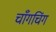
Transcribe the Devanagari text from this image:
चाँगचिंग